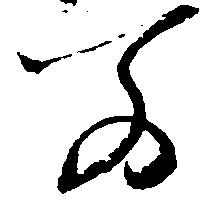
若